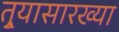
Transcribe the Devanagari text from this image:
तुर्‍यासारख्या